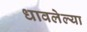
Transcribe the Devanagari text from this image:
धावलेल्या